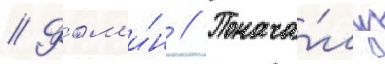
// Фом'и́н // Понача́лу